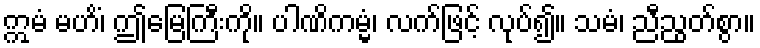
ဣမံ မဟိံ၊ ဤမြေကြီးကို။ ပါဏိကမ္မံ၊ လက်ဖြင့် လုပ်၍။ သမံ၊ ညီညွတ်စွာ။